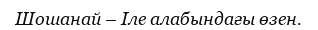
Шошанай – Іле алабындағы өзен.